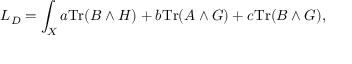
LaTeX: L _ { D } = \int _ { X } a \mathrm { T r } ( B \wedge H ) + b \mathrm { T r } ( A \wedge G ) + c \mathrm { T r } ( B \wedge G ) ,